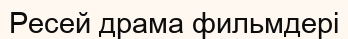
Ресей драма фильмдері